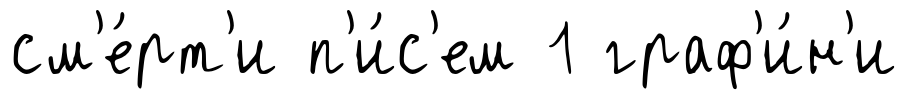
см'е́рт'и п'и́с'ем 1 граф'и́н'и